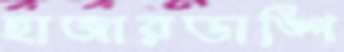
হাজারডাঙ্গি